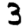
Digit: 3